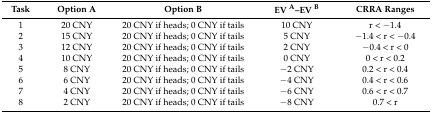
<table><thead><tr><td><b>Task</b></td><td><b>Option A</b></td><td><b>Option B</b></td><td><b>EV <sup>A</sup>–EV <sup>B</sup></b></td><td><b>CRRA Ranges</b></td></tr></thead><tbody><tr><td>1</td><td>20 CNY</td><td>20 CNY if heads; 0 CNY if tails</td><td>10 CNY</td><td>r &lt; −1.4</td></tr><tr><td>2</td><td>15 CNY</td><td>20 CNY if heads; 0 CNY if tails</td><td>5 CNY</td><td>−1.4 &lt; r &lt; −0.4</td></tr><tr><td>3</td><td>12 CNY</td><td>20 CNY if heads; 0 CNY if tails</td><td>2 CNY</td><td>−0.4 &lt; r &lt; 0</td></tr><tr><td>4</td><td>10 CNY</td><td>20 CNY if heads; 0 CNY if tails</td><td>0 CNY</td><td>0 &lt; r &lt; 0.2</td></tr><tr><td>5</td><td>8 CNY</td><td>20 CNY if heads; 0 CNY if tails</td><td>−2 CNY</td><td>0.2 &lt; r &lt; 0.4</td></tr><tr><td>6</td><td>6 CNY</td><td>20 CNY if heads; 0 CNY if tails</td><td>−4 CNY</td><td>0.4 &lt; r &lt; 0.6</td></tr><tr><td>7</td><td>4 CNY</td><td>20 CNY if heads; 0 CNY if tails</td><td>−6 CNY</td><td>0.6 &lt; r &lt; 0.7</td></tr><tr><td>8</td><td>2 CNY</td><td>20 CNY if heads; 0 CNY if tails</td><td>−8 CNY</td><td>0.7 &lt; r</td></tr></tbody></table>